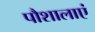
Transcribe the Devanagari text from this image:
पौशालाएं